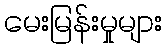
မေးမြန်းမှုများ